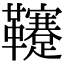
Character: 𩎀